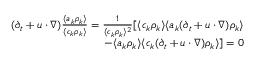
\begin{array} { r } { ( \partial _ { t } + \* u \cdot \nabla ) \frac { \langle a _ { k } \rho _ { k } \rangle } { \langle c _ { k } \rho _ { k } \rangle } = \frac { 1 } { \langle c _ { k } \rho _ { k } \rangle ^ { 2 } } [ \langle c _ { k } \rho _ { k } \rangle \langle a _ { k } ( \partial _ { t } + \* u \cdot \nabla ) \rho _ { k } \rangle } \\ { - \langle a _ { k } \rho _ { k } \rangle \langle c _ { k } ( \partial _ { t } + \* u \cdot \nabla ) \rho _ { k } \rangle ] = 0 } \end{array}